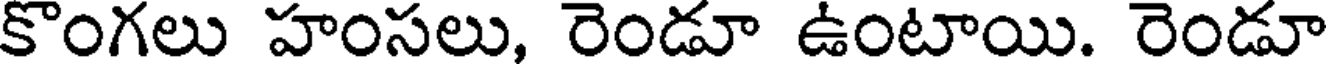
కొంగలు హంసలు, రెండూ ఉంటాయి. రెండూ